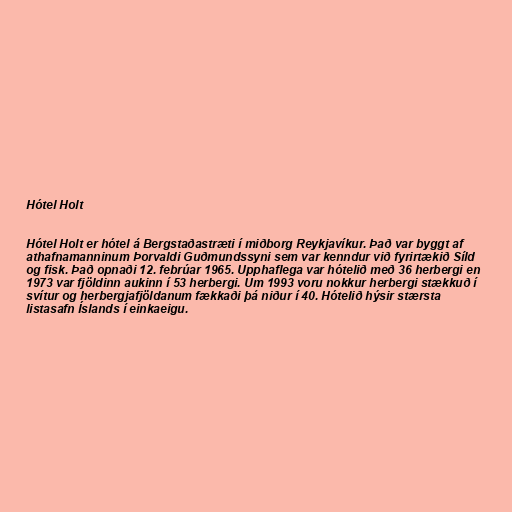
Hótel Holt

Hótel Holt er hótel á Bergstaðastræti í miðborg Reykjavíkur. Það var byggt af
athafnamanninum Þorvaldi Guðmundssyni sem var kenndur við fyrirtækið Síld
og fisk. Það opnaði 12. febrúar 1965. Upphaflega var hótelið með 36 herbergi en
1973 var fjöldinn aukinn í 53 herbergi. Um 1993 voru nokkur herbergi stækkuð í
svítur og herbergjafjöldanum fækkaði þá niður í 40. Hótelið hýsir stærsta
listasafn Íslands í einkaeigu.